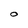
Character: O